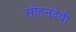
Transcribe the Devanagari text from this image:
सोहनदेवी